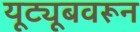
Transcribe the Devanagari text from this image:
यूट्यूबवरून